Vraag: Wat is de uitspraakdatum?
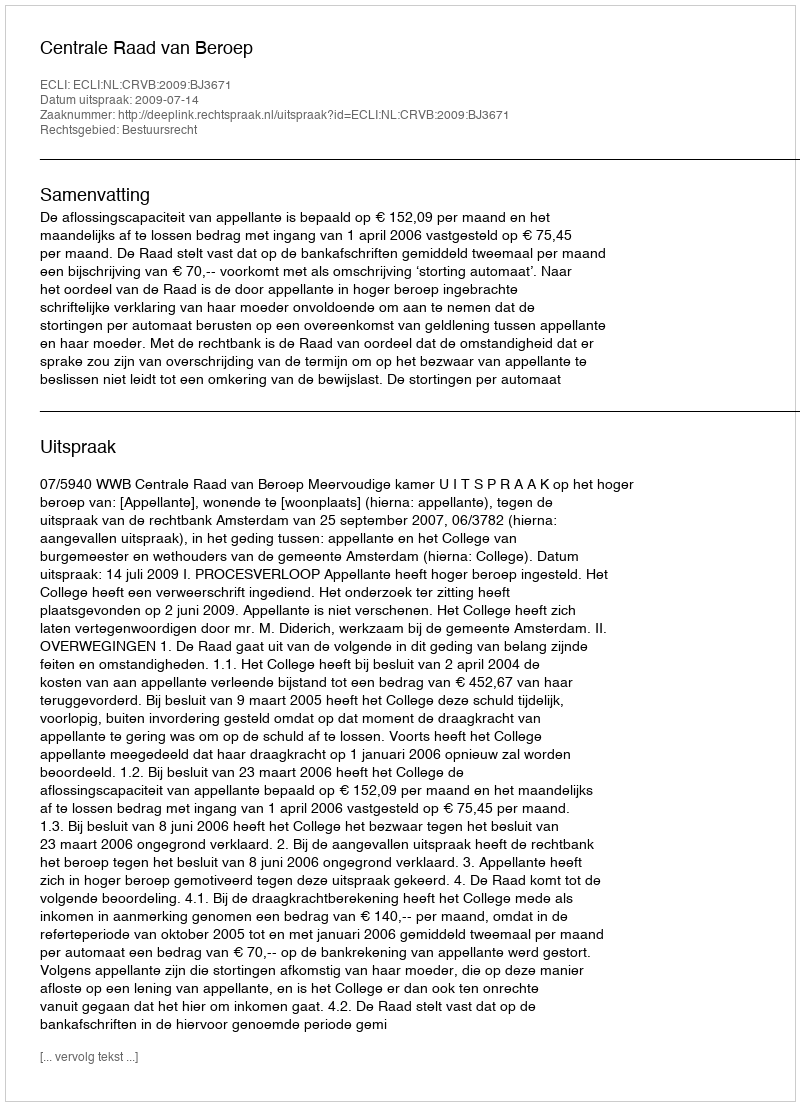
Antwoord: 2009-07-14